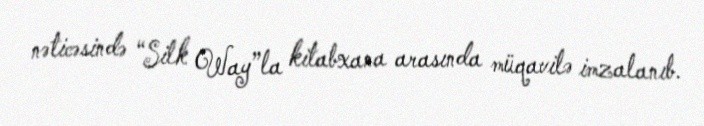
nəticəsində “Silk Way”la kitabxana arasında müqavilə imzalanıb.